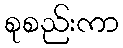
စုစည်းကာ